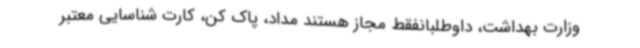
وزارت بهداشت، داوطلبانفقط مجاز هستند مداد، پاک کن، کارت شناسایی معتبر